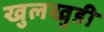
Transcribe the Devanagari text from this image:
खुलखुडी